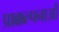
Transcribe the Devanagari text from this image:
प्राक्कल्पनाओं